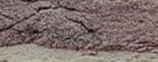
افتتحنا حديثاً